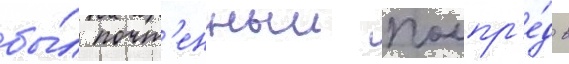
бы́л почт'енныи полпр'е́д в